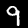
Digit: 9